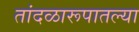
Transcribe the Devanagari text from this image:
तांदळारूपातल्या